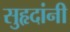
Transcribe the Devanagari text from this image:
सुहृदांनी